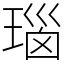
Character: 瑙